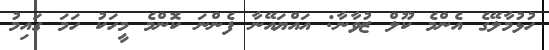
ހުޅުމާލޭގެ އެންމެ ކޫލް ޒުވާނާ: އައްޔައޭނާ ފެންނަ ކޮންމެ މީހަކު ހަމަ ގައިމު